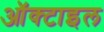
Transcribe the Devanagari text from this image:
ऑक्टाइल